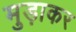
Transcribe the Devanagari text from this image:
मुड़ाकर